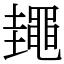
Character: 䵷